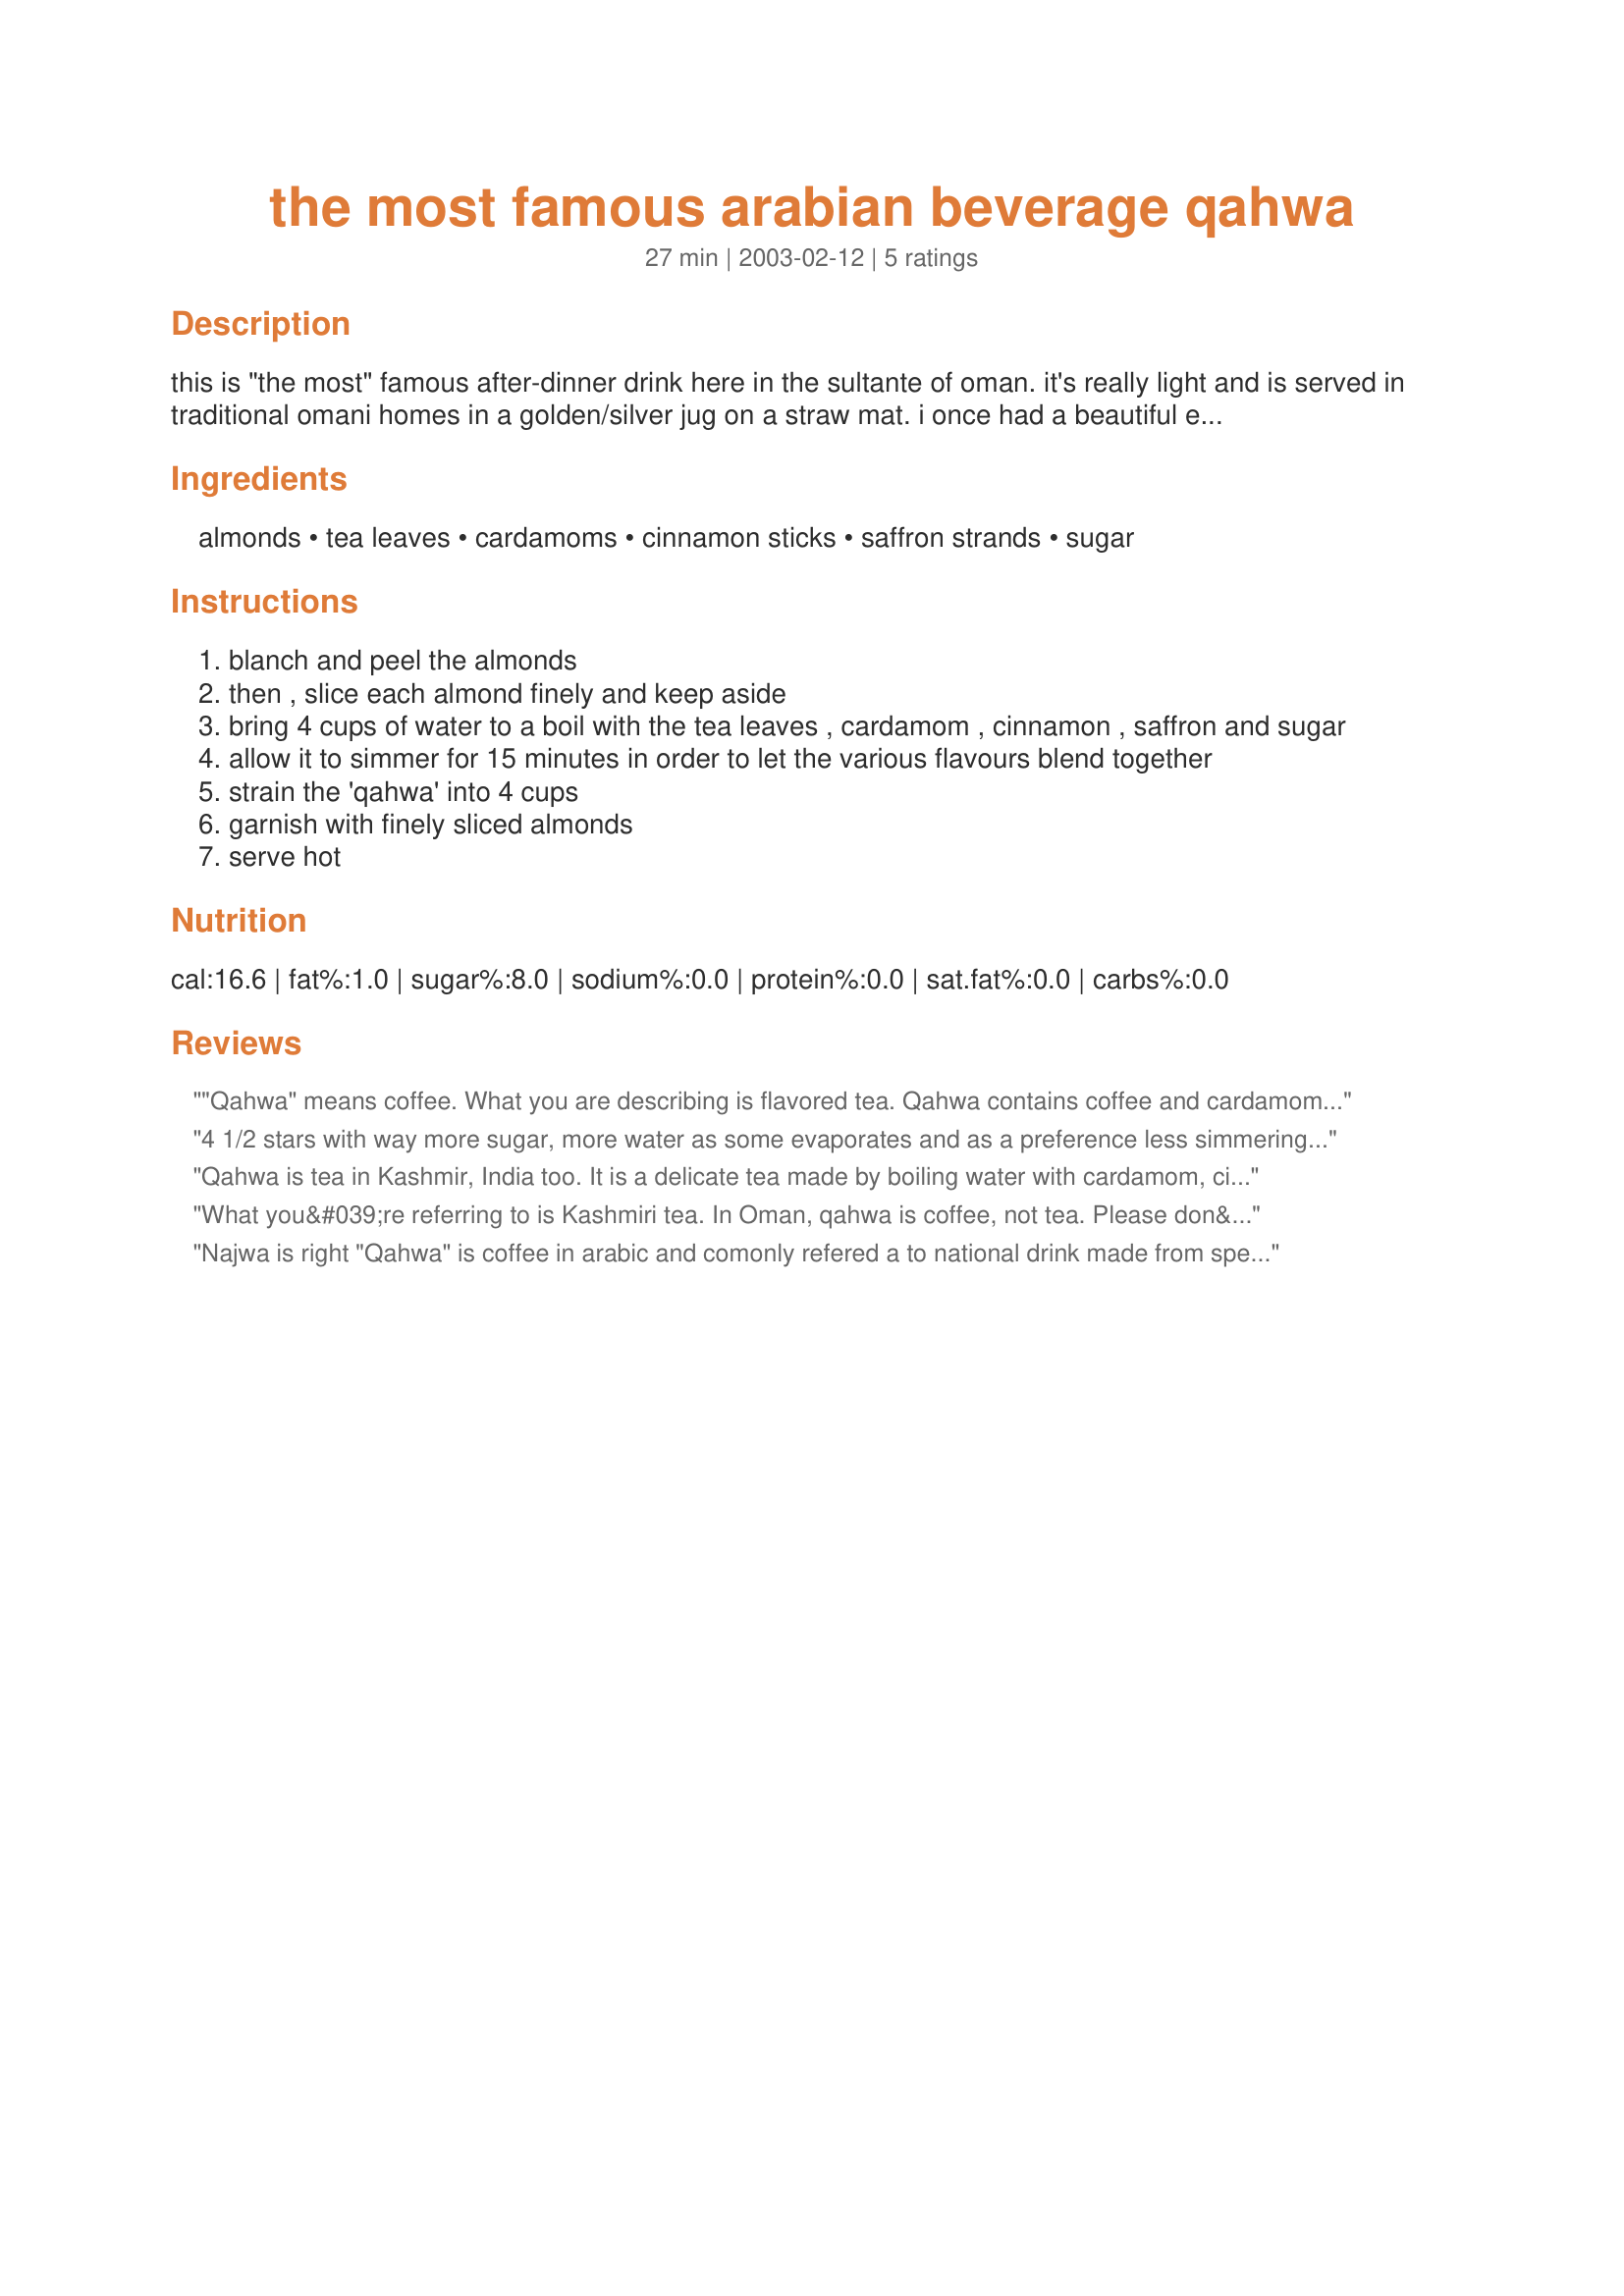
the most famous arabian beverage qahwa
Preparation time: 27 minutes

this is "the most" famous after-dinner drink here in the sultante of oman. it's really light and is served in traditional omani homes in a golden/silver jug on a straw mat. i once had a beautiful experience sipping this beverage in a traditional omani home that had in it this most well-knit family who served from their soul; this is one experience and one drink i always hold close to my heart :)

Ingredients:
almonds, tea leaves, cardamoms, cinnamon sticks, saffron strands, sugar

Steps:
blanch and peel the almonds
then , slice each almond finely and keep aside
bring 4 cups of water to a boil with the tea leaves , cardamom , cinnamon , saffron and sugar
allow it to simmer for 15 minutes in order to let the various flavours blend together
strain the 'qahwa' into 4 cups
garnish with finely sliced almonds
serve hot

Reviews:
"Qahwa" means coffee. What you are describing is flavored tea. Qahwa contains coffee and cardamom, some people add saffron, some add milk, and some add cloves. I have not tried your recipe, so I will not rate it. However, I thought you should know that this is not Qahwa.
4 1/2 stars with way more sugar, more water as some evaporates and as a preference less simmering time when the tea (I used Lipton Yellow Label tea bags) is in the water but the rest of the ingredients besides garnish can simmer 15 minutes for us. I like the slivered blanched almonds in this of which I used blanched and slivered store bought ones rather than making my own, which was OK. NOTE: Qahwa is coffee in Arabic not tea but I see what happened, "qahwah (also spelled qehwa, kehwa or kahwa) is a traditional green tea recipe that originates from Kashmir. It is made in parts of Kashmir administered by Pakistan and India, as well as throughout various regions of the countries." Wikipidia. There is a lot of Indian influence in Oman. I may make this again.
Qahwa is tea in Kashmir, India too. It is a delicate tea made by boiling water with cardamom, cinnamon, saffron, sugar and almonds but they don't use black tea leaves like this recipe.
What you&#039;re referring to is Kashmiri tea. In Oman, qahwa is coffee, not tea. Please don&#039;t confuse the two.
Najwa is right "Qahwa" is coffee in arabic and comonly refered a to national drink made from specail cofee semi milled cardamom and saffron and served with dates. Qahwa is drunk in every home in saudi n the gulf daily.
